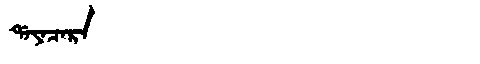
Manchu: ᡩᠠᠶᠠᠴᠠᡵᠠ
Romanization: DAYACARA